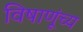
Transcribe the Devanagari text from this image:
विषाणूंच्य